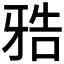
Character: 𰠤